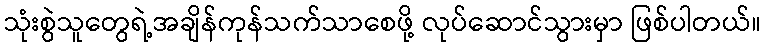
သုံးစွဲသူတွေရဲ့အချိန်ကုန်သက်သာစေဖို့ လုပ်ဆောင်သွားမှာ ဖြစ်ပါတယ်။